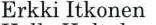
Erkki Itkonen